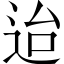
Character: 迨